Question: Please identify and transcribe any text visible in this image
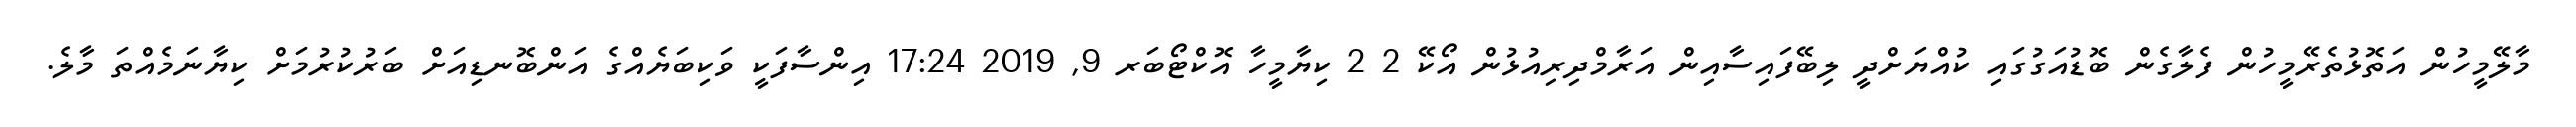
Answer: މާލޭމީހުން އަތޮޅުތެރޭމީހުން ފެލާގެން ބޮޑުއަގުގައި ކުއްޔަށްދީ ލިބޭފައިސާއިން އަރާމްދިރިއުޅުން އޯކޭ 2 2 ކިޔާމީހާ އޮކްޓޯބަރ 9, 2019 17:24 އިންސާފަކީ ވަކިބަޔެއްގެ އަންބޮނޑިއަށް ބަރުކުރުމަށް ކިޔާނަމެއްތަ މާލެ.